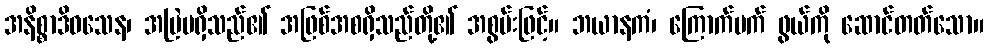
အနိစ္စာဒိဝသေန၊ အမြဲမရှိသည်၏ အဖြစ်အစရှိသည်တို့၏ အစွမ်းဖြင့်။ ဘယာနကံ၊ ကြောက်မက် ဖွယ်ကို ဆောင်တတ်သော။